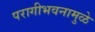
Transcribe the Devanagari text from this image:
परागीभवनामुळे